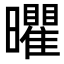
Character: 㬬